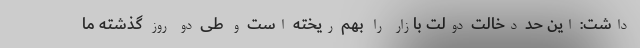
داشت: این حد دخالت دولت بازار را بهم ریخته است و طی دو روز گذشته ما